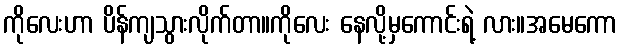
ကိုလေးဟာ ပိန်ကျသွားလိုက်တာ။ကိုလေး နေလို့မှကောင်းရဲ့ လား။အမေကော